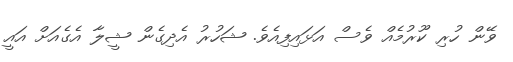
ވޭން ހުރި ކޫރުމެއް ވެސް އަޅައިފިއެވެ. ޝަހުރު އެދިގެން ޝީލާ އެގެއަށް އައީ